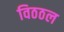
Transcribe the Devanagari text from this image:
विठठल